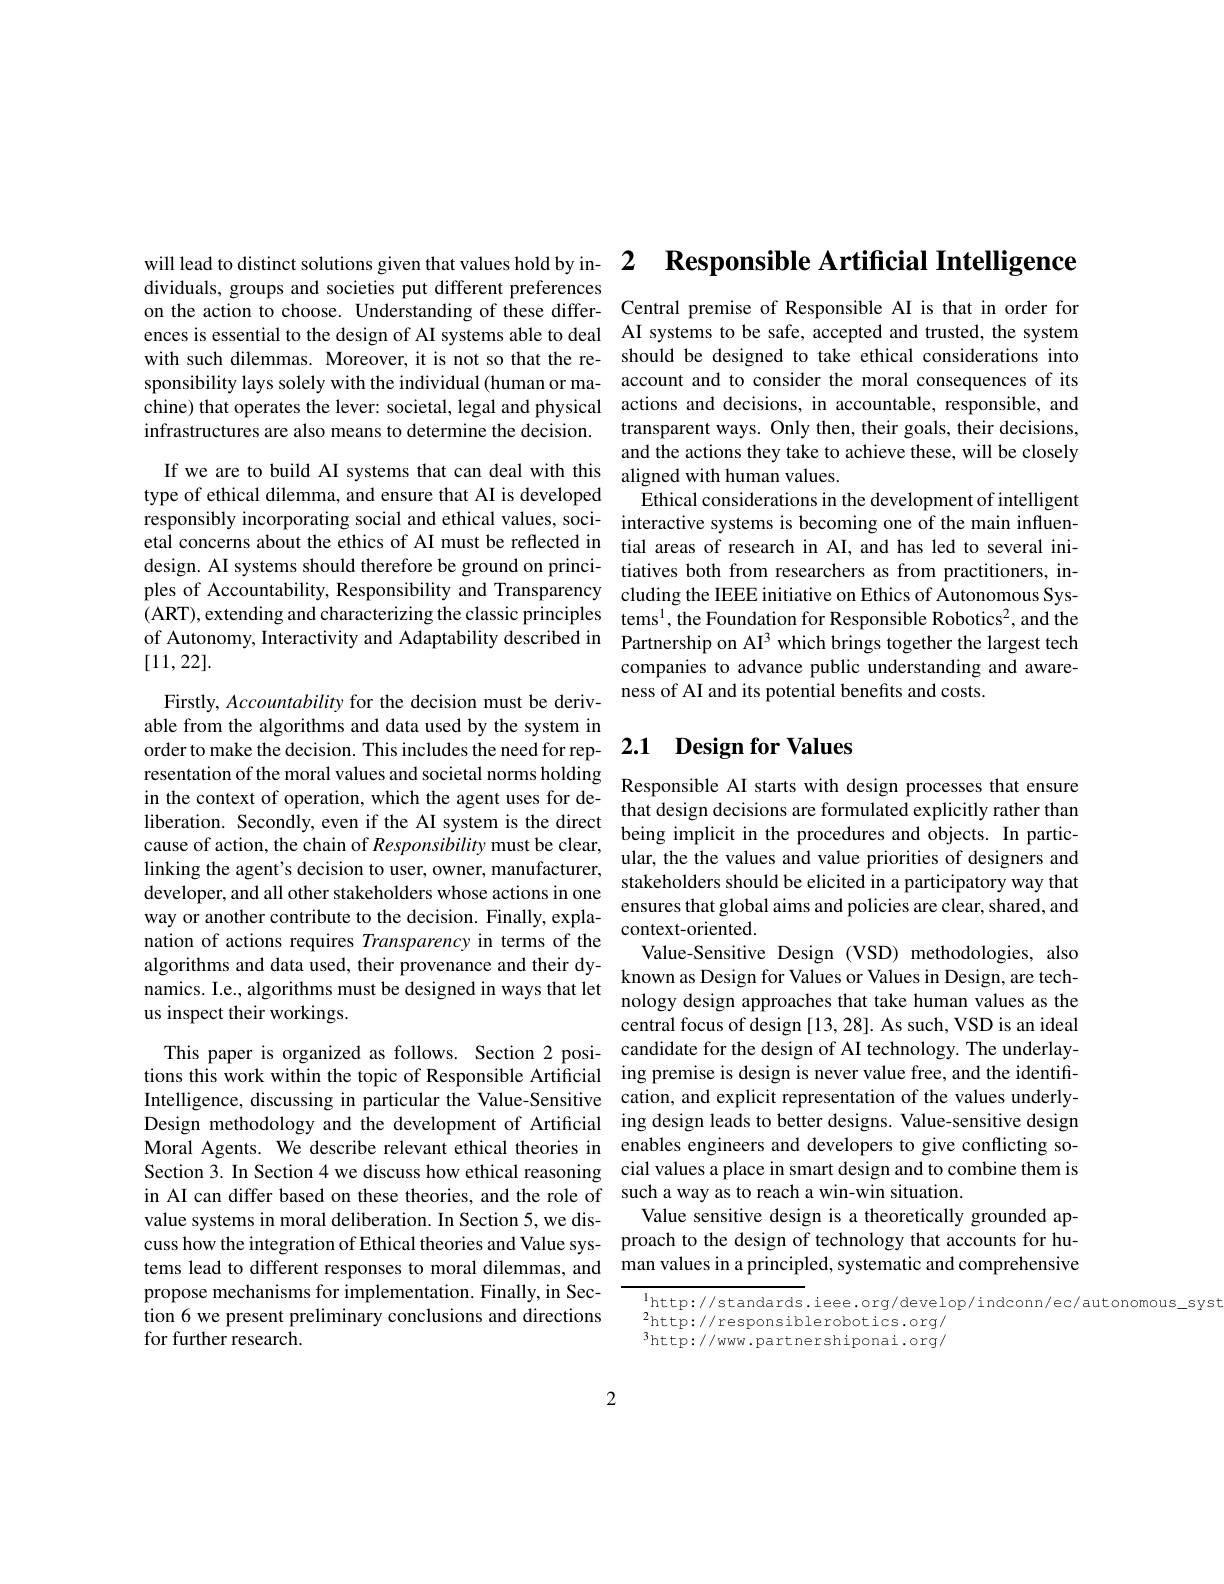
dividuals, groups and societies put different preferences
on the action to choose. Understanding of these differ- Central premise of Responsible AI is that in order for ences is essential to the design of AI systems able to deal AI systems to be safe, accepted and trusted, the system with such dilemmas. Moreover, it is not so that the re- should be designed to take ethical considerations into sponsibility lays solely with the individual (human or ma- account and to consider the moral consequences of its chine) that operates the lever: societal, legal and physical actions and decisions, in accountable, responsible, and infrastructures are also means to determine the decision.

[11,22].

Firstly, Accountability for the decision must be derivable from the algorithms and data used by the system in resentation of the moral values and societal norms holding Responsible AI starts with design processes that ensure
in the context of operation, which the agent uses for deliberation. Secondly, even if the AI system is the direct cause of action, the chain of Responsibility must be clear, linking the agent's decision to user, owner, manufacturer, developer, and all other stakeholders whose actions in one way or another contribute to the decision. Finally, explanation of actions requires Transparency in terms of the algorithms and data used, their provenance and their dynamics. I.e., algorithms must be designed in ways that let us inspect their workings.

propose mechanisms for implementation. Finally, in Section 6 we present preliminary conclusions and directions for further research.

will lead to distinct solutions given that values hold by in- 2 $\mathbf{Responsible~Artificial~Intelligence}$

transparent ways. Only then, their goals, their decisions, and the actions they take to achieve these, will be closely
If we are to build AI systems that can deal with this aligned with human values.
type of ethical dilemma, and ensure that AI is developed Ethical considerations in the development of intelligent responsibly incorporating social and ethical values, soci- interactive systems is becoming one of the main influenetal concerns about the ethics of AI must be reflected in tial areas of research in AI, and has led to several inidesign. AI systems should therefore be ground on princi- tiatives both from researchers as from practitioners, inples of Accountability, Responsibility and Transparency cluding the IEEE initiative on Ethics of Autonomous Sys- (ART),extending and characterizing the classic principles tems$^1$,the Foundation for Responsible Robotics$^2$, and the of Autonomy, Interactivity and Adaptability described in Partnership on AI$^{3}$ which brings together the largest tech
companies to advance public understanding and aware-
ness of AI and its potential benefits and costs.

# order to make the decision. This includes the need for rep- 2.1 $\textbf{Design for Values}$

that design decisions are formulated explicitly rather than being implicit in the procedures and objects. In particular, the the values and value priorities of designers and stakeholders should be elicited in a participatory way that ensures that global aims and policies are clear, shared, and context-oriented.
Value-Sensitive Design (VSD) methodologies, also known as Design for Values or Values in Design, are technology design approaches that take human values as the central focus of design [13,28]. As such, VSD is an ideal
This paper is organized as follows. Section 2 posi- candidate for the design of AI technology. The underlaytions this work within the topic of Responsible Artificial ing premise is design is never value free, and the identiffIntelligence, discussing in particular the Value-Sensitive cation, and explicit representation of the values underlyDesign methodology and the development of Artificial ing design leads to better designs. Value-sensitive design Moral Agents. We describe relevant ethical theories in enables engineers and developers to give conflicting soSection 3. In Section 4 we discuss how ethical reasoning cial values a place in smart design and to combine them is in AI can differ based on these theories, and the role of such a way as to reach a win-win situation.
value systems in moral deliberation. In Section 5, we dis- Value sensitive design is a theoretically grounded apcuss how the integration of Ethical theories and Value sys- proach to the design of technology that accounts for hutems lead to different responses to moral dilemmas, and man values in a principled, systematic and comprehensive

$\mathrm{l}_{\mathrm{http://standards.ieee.org/develop/indconn/ec/autonomous\_syst}}$
${}^{2}$http://responsiblerobotics.org/ $^{3}$http://www.partnershiponai.org/

2